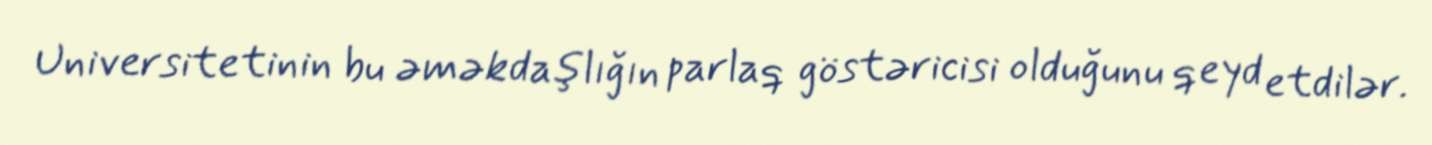
Universitetinin bu əməkdaşlığın parlaq göstəricisi olduğunu qeyd etdilər.